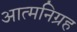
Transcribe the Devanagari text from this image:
आत्मनिग्रह